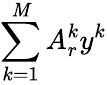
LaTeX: \sum_{k=1}^{\mathit{M}}A_{r}^{k}y^{k}